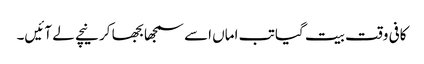
کافی وقت بیت گیا تب اماں اسے سمجھا بجھا کر نیچے لے آئیں۔